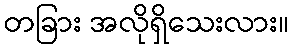
တခြား အလိုရှိသေးလား။